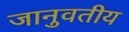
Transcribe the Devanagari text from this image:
जानुवतीय